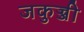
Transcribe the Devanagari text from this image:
जकुज्जी